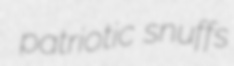
patriotic snuffs